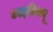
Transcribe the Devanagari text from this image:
काइप्रियानू